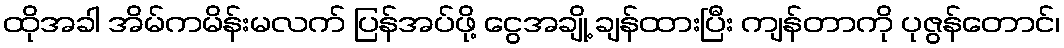
ထိုအခါ အိမ်ကမိန်းမလက် ပြန်အပ်ဖို့ ငွေအချို့ ချန်ထားပြီး ကျန်တာကို ပုဇွန်တောင်၊